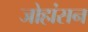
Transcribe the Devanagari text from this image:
जोहांसन